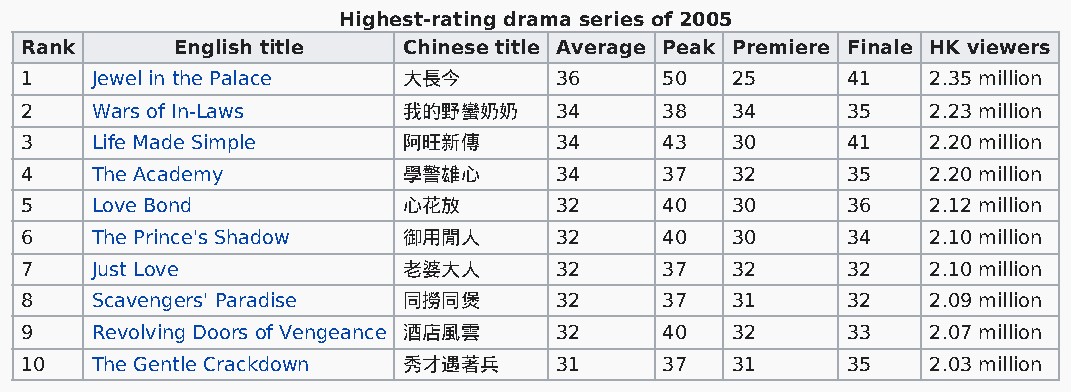
Highest-rating drama series of 2005
 Rank       English title  Chinese title Average Peak Premiere Finale HK viewers
 1    Jewel in the Palace  大長今       36     50  25      41    2.35 million
 2    Wars of In-Laws      我的野蠻奶奶    34     38  34      35    2.23 million
 3    Life Made Simple     阿旺新傳      34     43  30      41    2.20 million
 4    The Academy          學警雄心      34     37  32      35    2.20 million
 5    Love Bond            心花放       32     40  30      36    2.12 million
 6    The Prince's Shadow  御用閒人      32     40  30      34    2.10 million
 7    Just Love            老婆大人      32     37  32      32    2.10 million
 8    Scavengers' Paradise 同撈同煲      32     37  31      32    2.09 million
 9    Revolving Doors of Vengeance 酒店風雲 32  40  32      33    2.07 million
 10   The Gentle Crackdown 秀才遇著兵     31     37  31      35    2.03 million